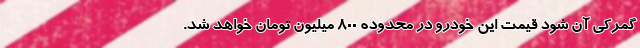
گمرکی آن شود قیمت این خودرو در محدوده ۸۰۰ میلیون تومان خواهد شد.